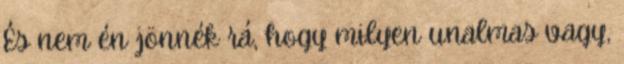
És nem én jönnék rá, hogy milyen unalmas vagy,